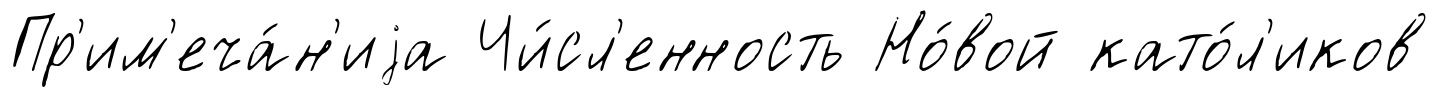
Пр'им'еча́н'иjа Чи́сл'енность Но́вой като́л'иков